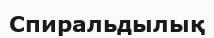
Спиральдылық